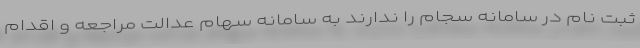
ثبت نام در سامانه سجام را ندارند به سامانه سهام عدالت مراجعه و اقدام